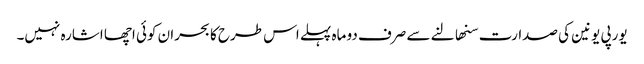
یورپی یونین کی صدارت سنھالنے سے صرف دو ماہ پہلے اس طرح کا بحران کوئی اچھا اشارہ نہیں۔